342_HS1-416511228_319.1 Flying Discs 1949
Agency: Department of War
Incident date: 1/9/50
Page 103
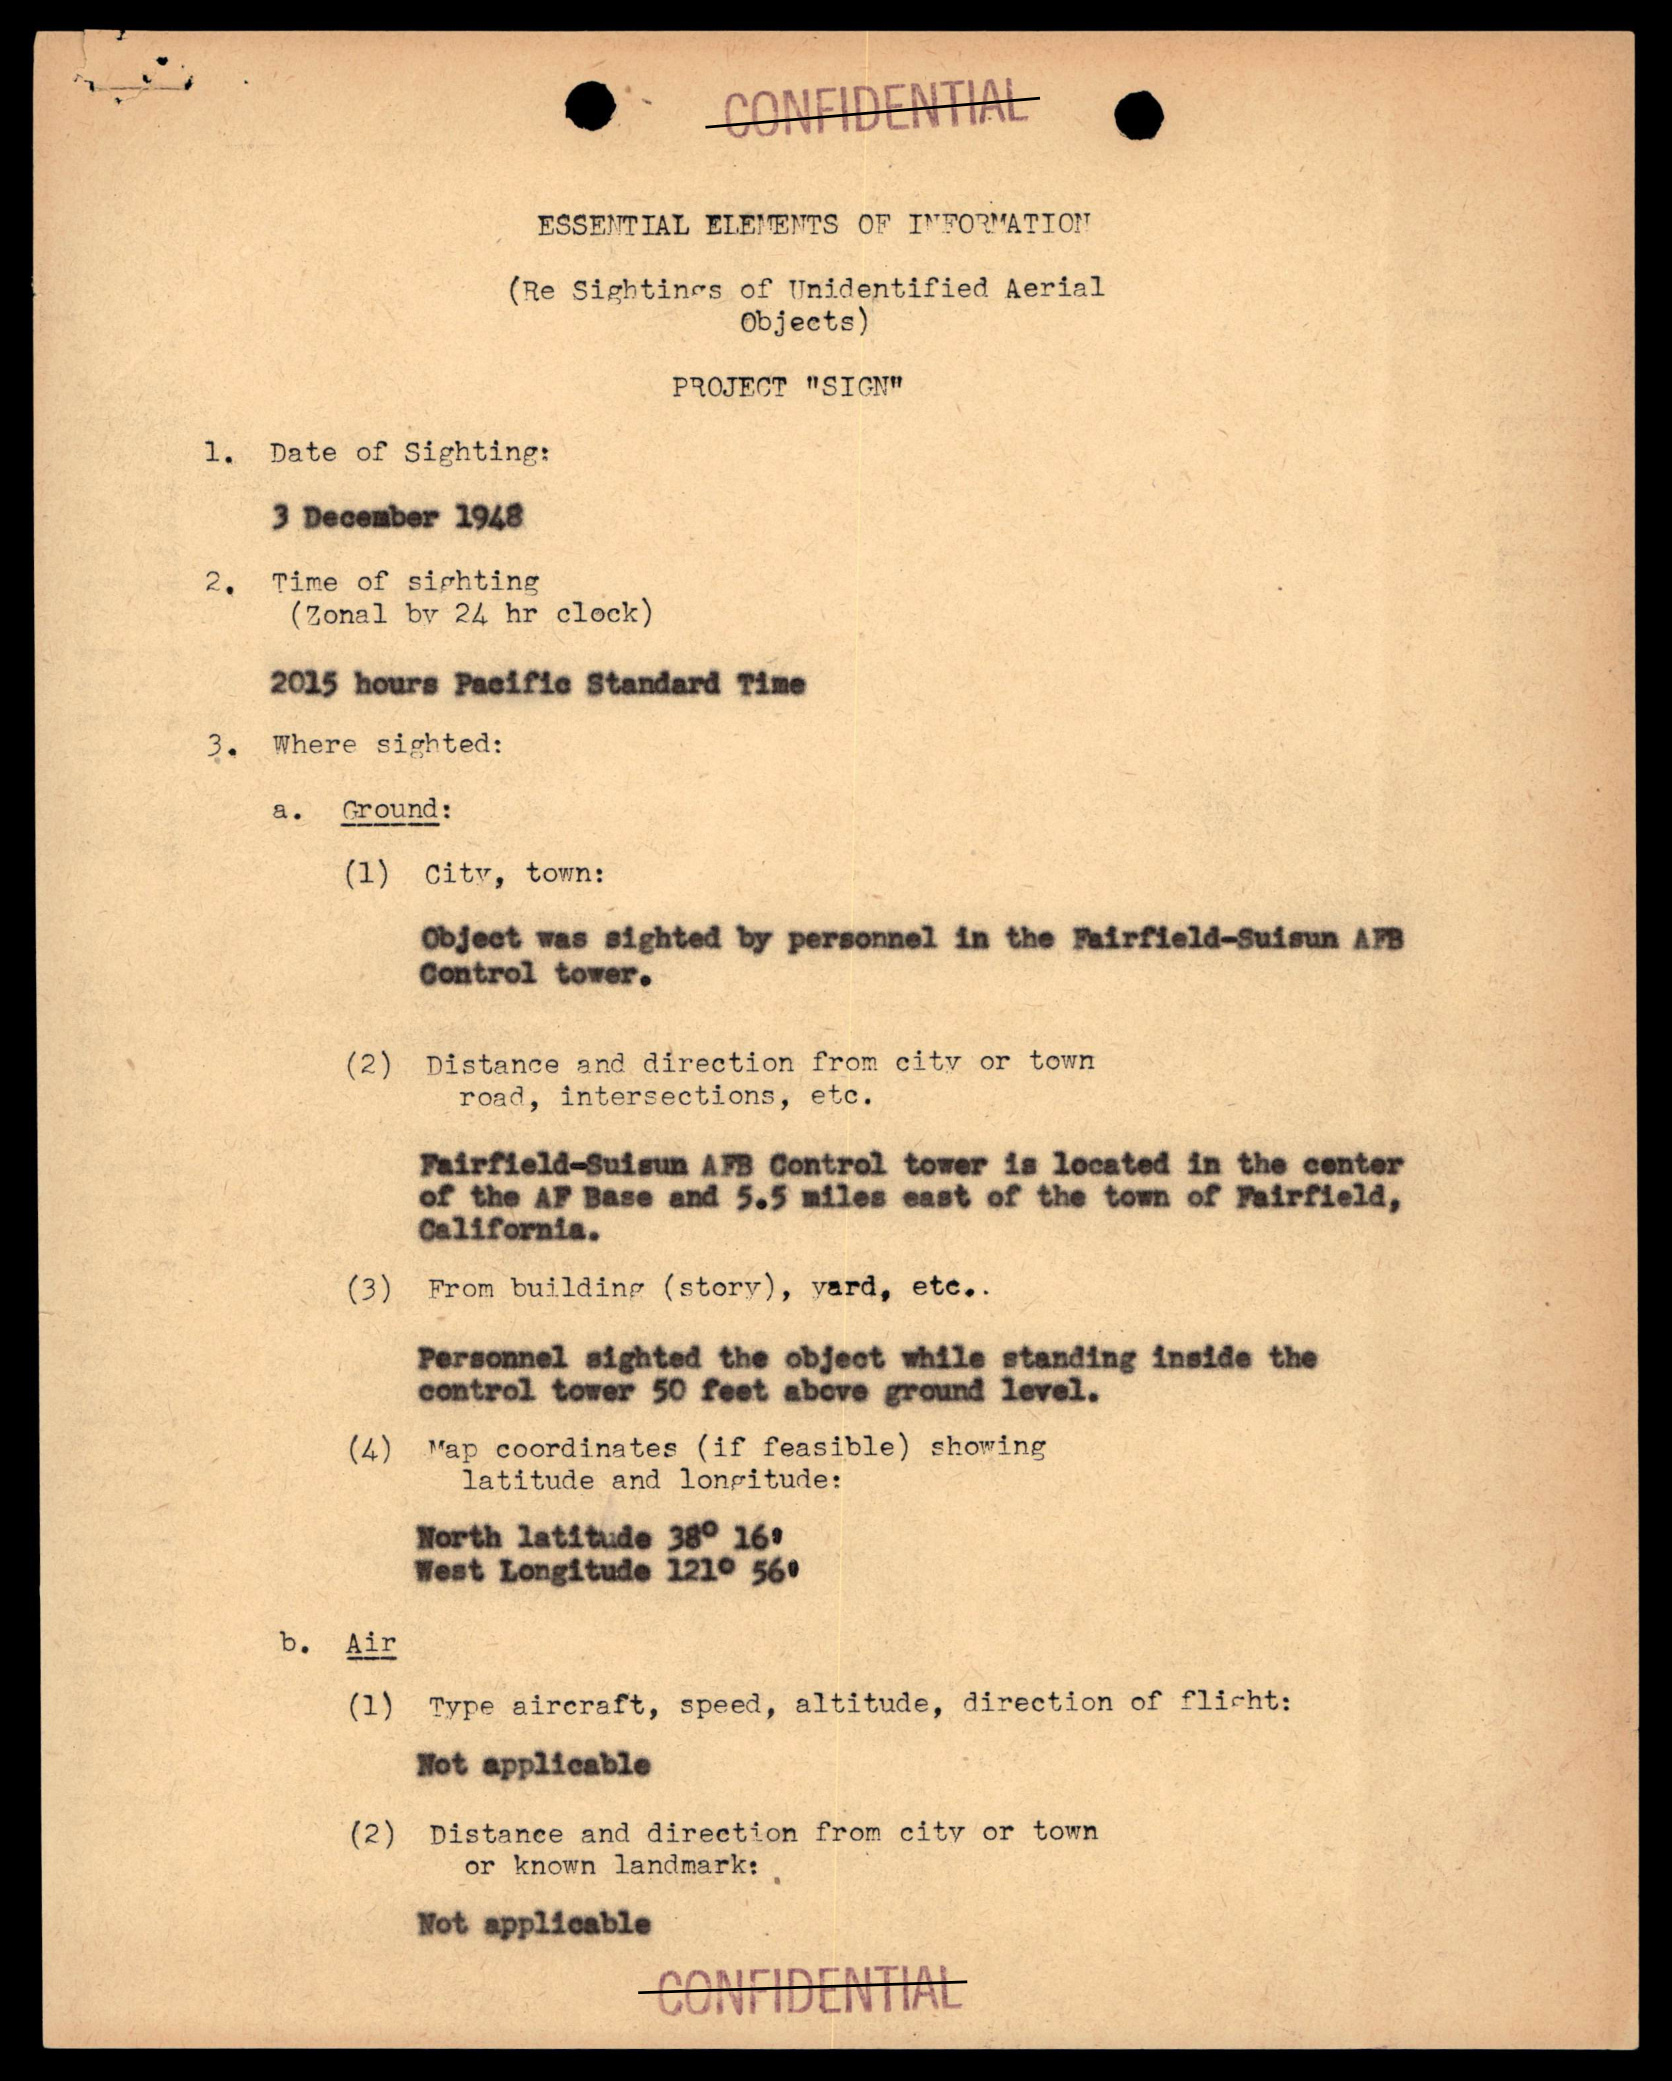